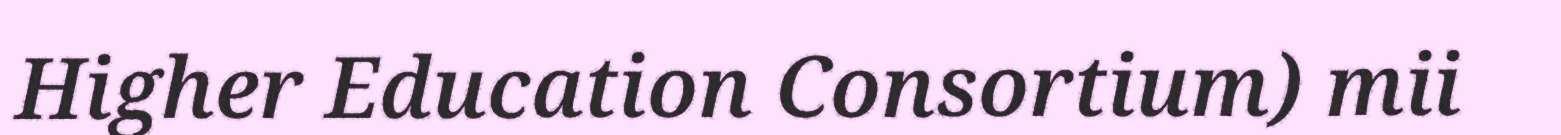
Higher Education Consortium) mii